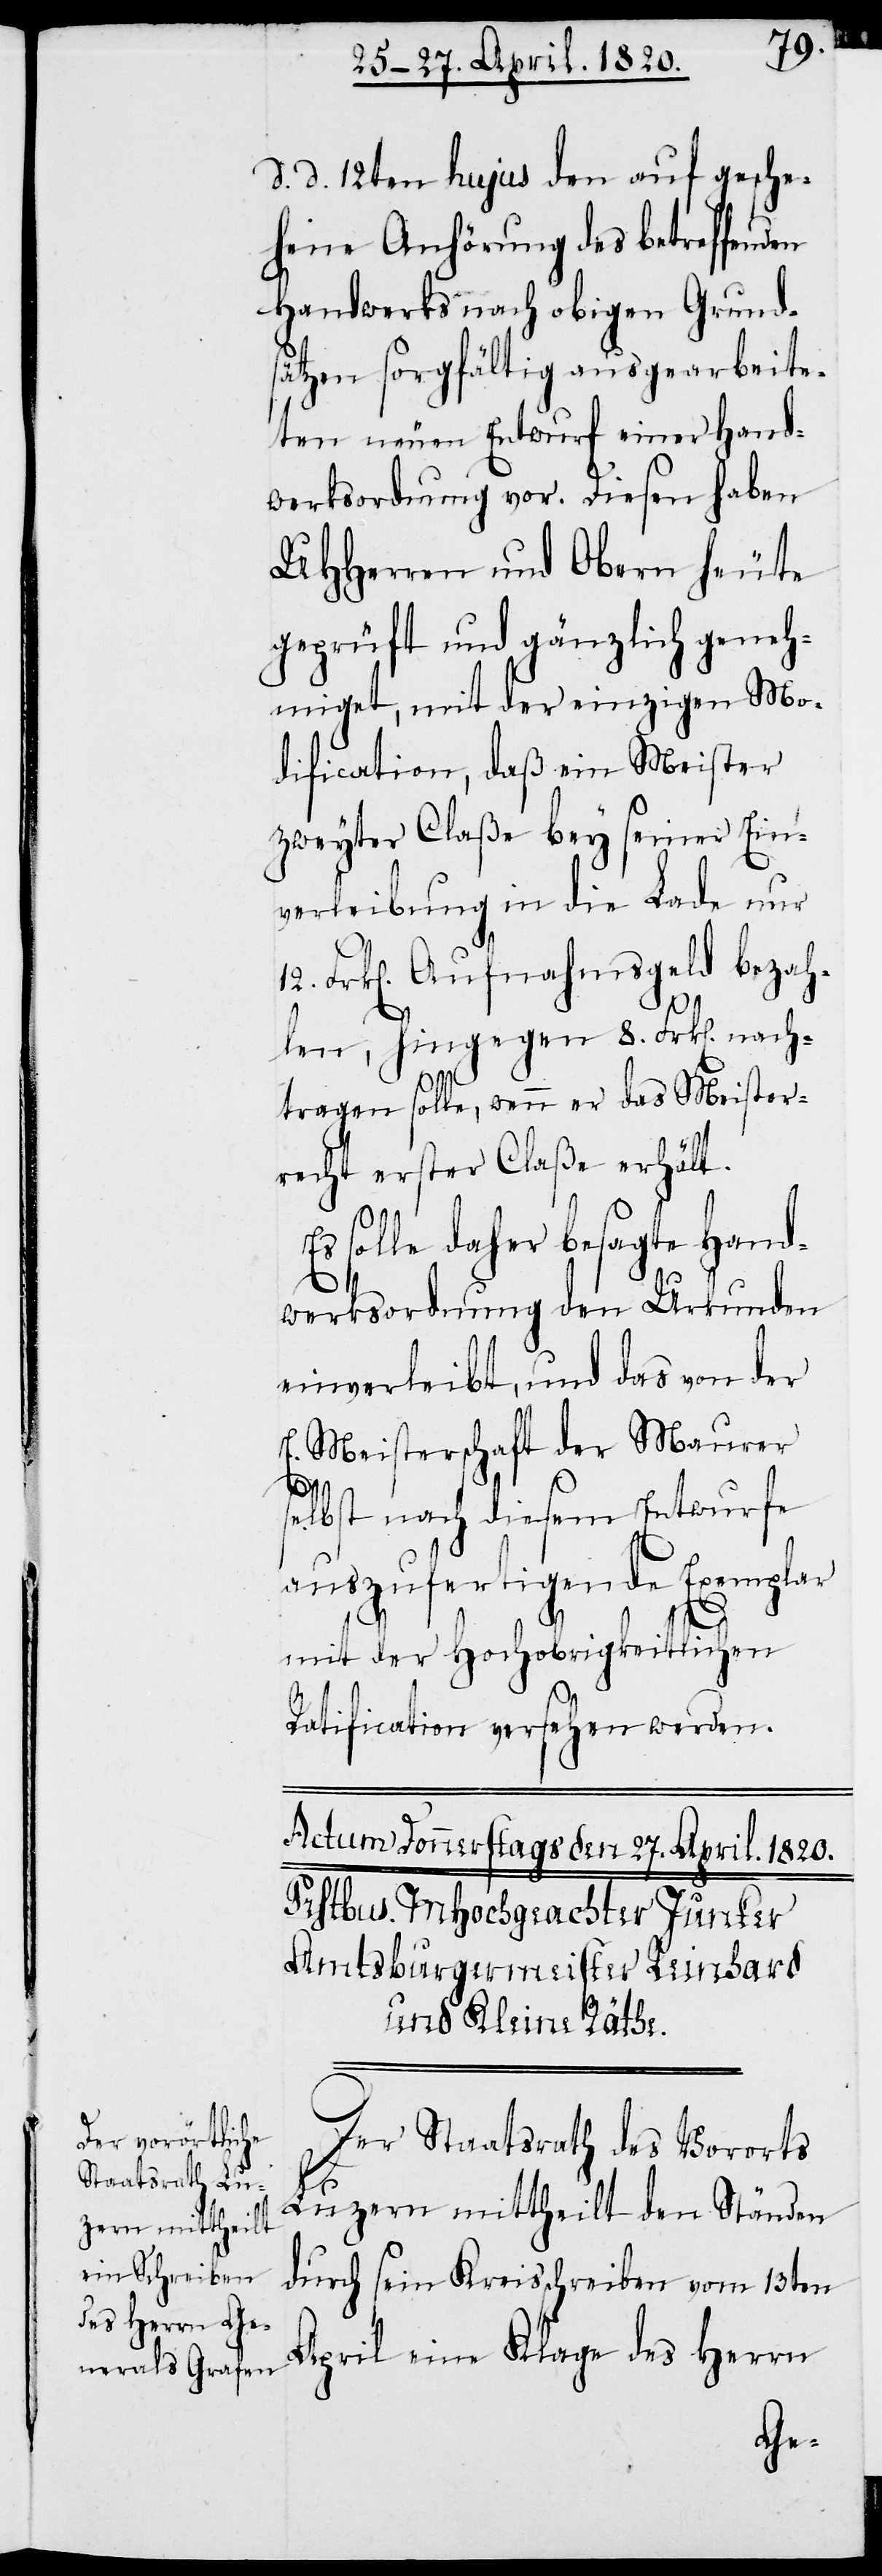
d. d. 12ten hujus den auf gesche¬
hene Anhörung des betreffenden
Handwerks nach obigen Grund¬
sätzen sorgfältig ausgearbeite¬
ten neuen Entwurf einer Hand¬
werksordnung vor. Diesen haben
UHHerren und Obern heute
geprüft und gänzlich geneh¬
miget, mit der einzigen Mo¬
dification, daß ein Meister
zweyter Claße bey seiner Ein¬
verleibung in die Lade nur
12. Frk[en]. Aufnahmsgeld bezah¬
len, hingegen 8. Frk[en]. nach¬
tragen solle, wenn er das Meister¬
recht erster Claße erhält.
Es solle daher besagte Hand¬
werksordnung den Urkunden
einverleibt, und das von der
E. Meisterschaft der Maurer
selbst nach diesem Entwurfe
auszufertigende Exemplar
mit der Hochobrigkeitlichen
Ratification versehen werden.
Der Staatsrath des Vororts
Luzern mittheilt den Ständen
durch sein Kreisschreiben vom 13ten
April eine Klage des Herrn